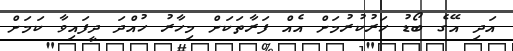
އަދި އޭގެ ބޯޑު ހަރުކުރުމަށް އެއް ފަރާތަކަށް މިހާރު ހުއްދަ ދީފައިވާ ކަމަށް